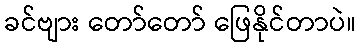
ခင်ဗျား တော်တော် ဖြေနိုင်တာပဲ။